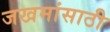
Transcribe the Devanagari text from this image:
जखमांसाठी